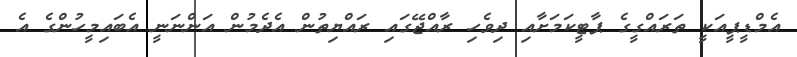
އެމްޑީޕީއަކީ ތަރައްގީގެ ޕާޓީކަމަށާއި ދިވެހި ރާއްޖޭގައި ރައްޔިތުން އެދެމުން އަންނަނީ އެބައިމީހުންގެ އެ